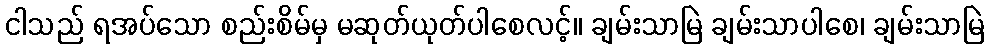
ငါသည် ရအပ်သော စည်းစိမ်မှ မဆုတ်ယုတ်ပါစေလင့်။ ချမ်းသာမြဲ ချမ်းသာပါစေ၊ ချမ်းသာမြဲ